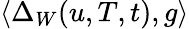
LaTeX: \langle\Delta_{W}(u,T,t),g\rangle